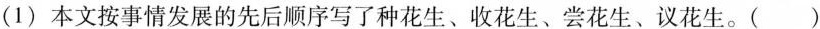
(1) 本文按事情发展的先后顺序写了种花生、收花生、尝花生、议花生。( )